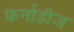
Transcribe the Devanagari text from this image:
फर्नाडीज